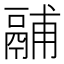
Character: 鬴